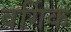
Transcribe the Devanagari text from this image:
वर्गिक